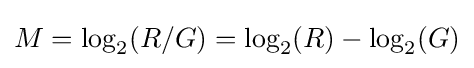
M=\log _{2}(R/G)=\log _{2}(R)-\log _{2}(G)